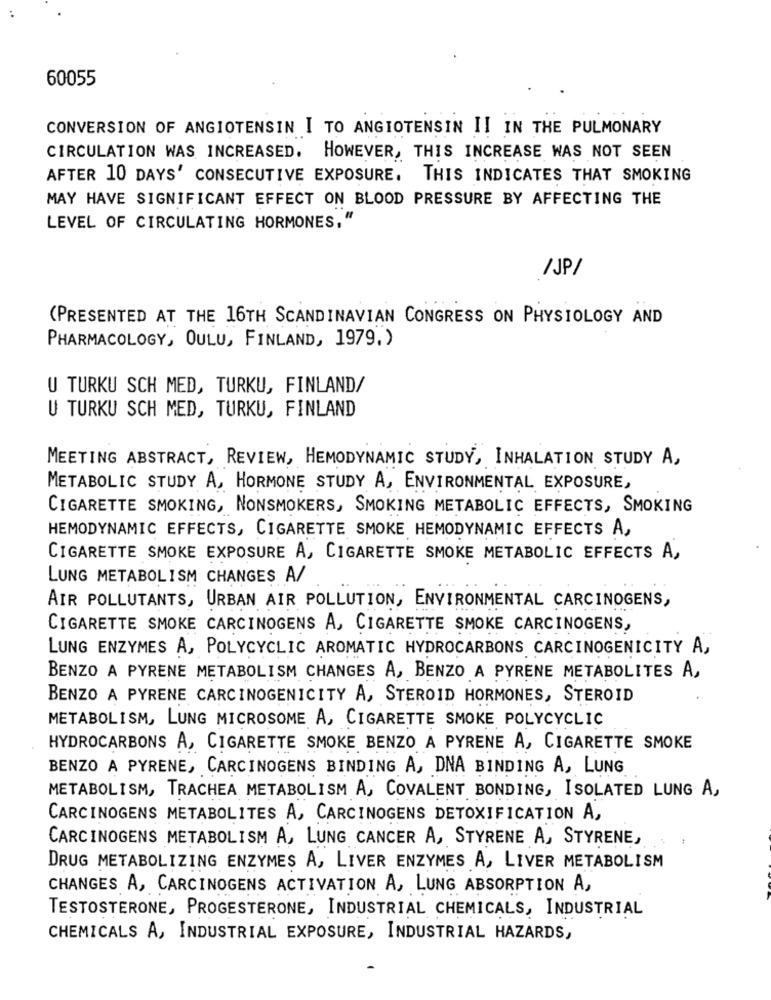
60055
CONVERSION OF ANGIOTENSIN I TO ANGIOTENSIN II IN THE PULMONARY
CIRCULATION WAS INCREASED. HOWEVER, THIS INCREASE WAS NOT SEEN
AFTER 10 DAYS' CONSECUTIVE EXPOSURE. THIS INDICATES THAT SMOKING
MAY HAVE SIGNIFICANT EFFECT ON BLOOD PRESSURE BY AFFECTING THE
LEVEL OF CIRCULATING HORMONES, "
/JP /
(PRESENTED AT THE 16TH SCANDINAVIAN CONGRESS ON PHYSIOLOGY AND
PHARMACOLOGY, OULU, FINLAND, 1979. )
U TURKU SCH MED, TURKU, FINLAND/
U TURKU SCH MED, TURKU, FINLAND
MEETING ABSTRACT, REVIEW, HEMODYNAMIC STUDY, INHALATION STUDY A,
METABOLIC STUDY A, HORMONE STUDY A, ENVIRONMENTAL EXPOSURE,
CIGARETTE SMOKING, NONSMOKERS, SMOKING METABOLIC EFFECTS, SMOKING
HEMODYNAMIC EFFECTS, CIGARETTE SMOKE HEMODYNAMIC EFFECTS A,
CIGARETTE SMOKE EXPOSURE A, CIGARETTE SMOKE METABOLIC EFFECTS A,
LUNG METABOLISM CHANGES A/
AIR POLLUTANTS, URBAN AIR POLLUTION, ENVIRONMENTAL CARCINOGENS,
CIGARETTE SMOKE CARCINOGENS A, CIGARETTE SMOKE CARCINOGENS,
LUNG ENZYMES A, POLYCYCLIC AROMATIC HYDROCARBONS CARCINOGENICITY A,
BENZO A PYRENE METABOLISM CHANGES A, BENZO A PYRENE METABOLITES A,
BENZO A PYRENE CARCINOGENICITY A, STEROID HORMONES, STEROID
METABOLISM, LUNG MICROSOME A, CIGARETTE SMOKE POLYCYCLIC
HYDROCARBONS A, CIGARETTE SMOKE BENZO A PYRENE A, CIGARETTE SMOKE
BENZO A PYRENE, CARCINOGENS BINDING A, DNA BINDING A, LUNG
METABOLISM, TRACHEA METABOLISM A, COVALENT BONDING, ISOLATED LUNG A,
CARCINOGENS METABOLITES A, CARCINOGENS DETOXIFICATION A,
CARCINOGENS METABOLISM A, LUNG CANCER A, STYRENE A, STYRENE,
DRUG METABOLIZING ENZYMES A, LIVER ENZYMES A, LIVER METABOLISM
CHANGES A, CARCINOGENS ACTIVATION A, LUNG ABSORPTION A,
TESTOSTERONE, PROGESTERONE, INDUSTRIAL CHEMICALS, INDUSTRIAL
CHEMICALS A, INDUSTRIAL EXPOSURE, INDUSTRIAL HAZARDS,